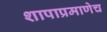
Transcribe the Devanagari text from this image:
शापाप्रमाणेच